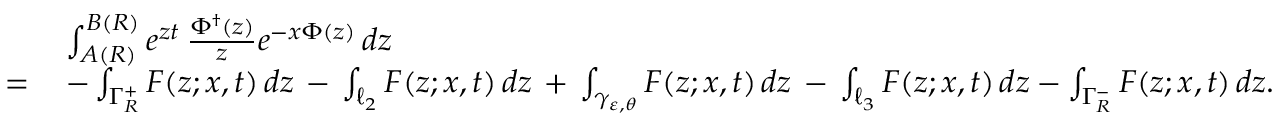
\begin{array} { r l } & { \int _ { A ( R ) } ^ { B ( R ) } e ^ { z t } \, \frac { \Phi ^ { \dagger } ( z ) } { z } e ^ { - x \Phi ( z ) } \, d z } \\ { = \, } & { - \int _ { \Gamma _ { R } ^ { + } } F ( z ; x , t ) \, d z \, - \, \int _ { \ell _ { 2 } } F ( z ; x , t ) \, d z \, + \, \int _ { \gamma _ { \varepsilon , \theta } } F ( z ; x , t ) \, d z \, - \, \int _ { \ell _ { 3 } } F ( z ; x , t ) \, d z - \int _ { \Gamma _ { R } ^ { - } } F ( z ; x , t ) \, d z . } \end{array}